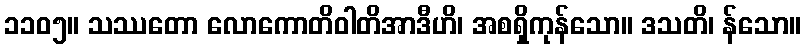
၁၁၀၅။ သဿတော လောကောတိဝါတိအာဒီဟိ၊ အစရှိကုန်သော။ ဒသတိ၊ န်သော။